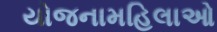
યોજનામહિલાઓ